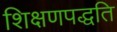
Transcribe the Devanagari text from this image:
शिक्षणपद्धति